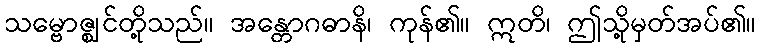
သမ္ဗောဇ္ဈင်တို့သည်။ အန္တောဂဓာနိ၊ ကုန်၏။ ဣတိ၊ ဤသို့မှတ်အပ်၏။